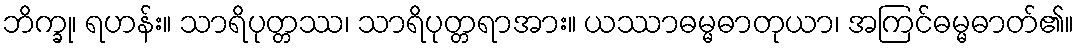
ဘိက္ခု၊ ရဟန်း။ သာရိပုတ္တဿ၊ သာရိပုတ္တရာအား။ ယဿာဓမ္မဓာတုယာ၊ အကြင်ဓမ္မဓာတ်၏။